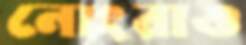
নোংরাও